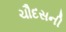
ચૌદસની